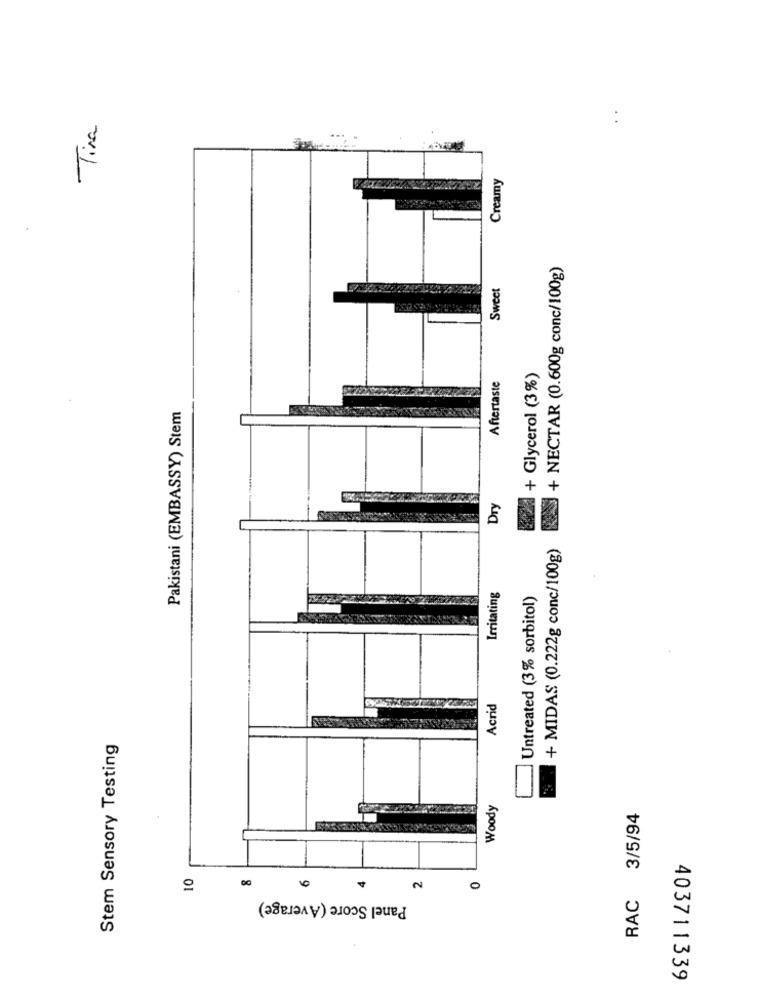
Tira
Creamy
+ NECTAR (0.600g conc/100g)
Sweet
+ Glycerol (3%)
Aftertaste
Pakistani (EMBASSY) Stem
Dry
+ MIDAS (0.222g conc/100g)
Irritating
Untreated (3% sorbitol)
3.
Acrid
Stem Sensory Testing
Woody
RAC 3/5/94
10
0
60
Panel Score (Average)
403711339